Document type: bank_statement
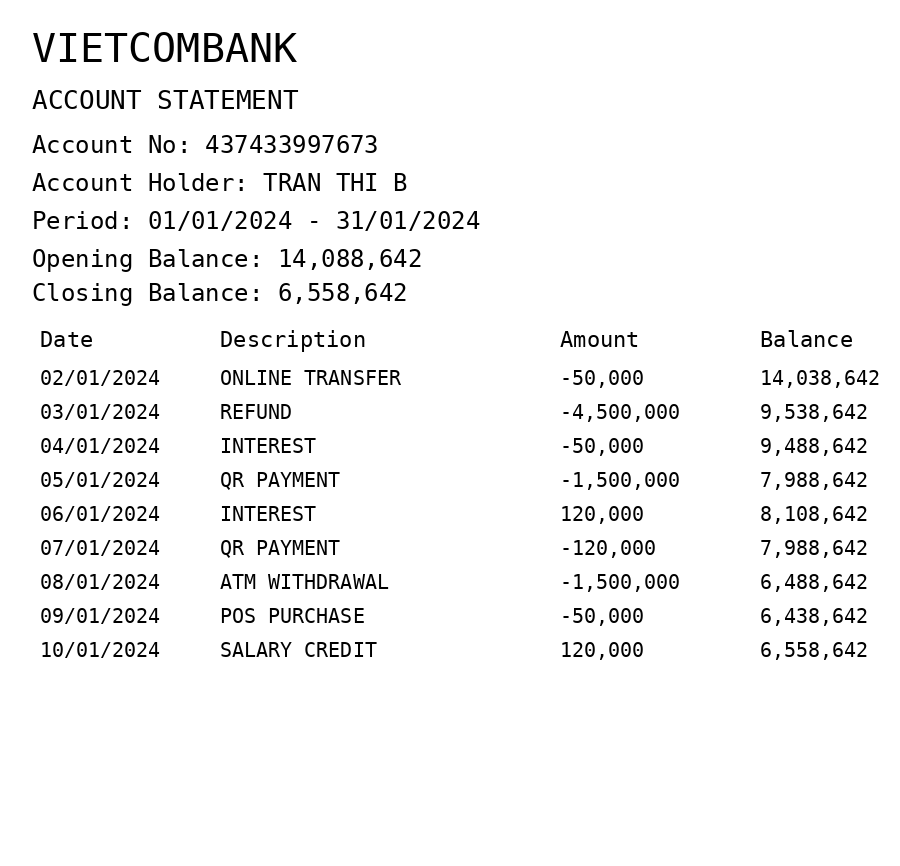
OCR transcript:
VIETCOMBANK
ACCOUNT STATEMENT
Account No: 437433997673
Account Holder: TRAN THI B
Period: 01/01/2024 - 31/01/2024
Opening Balance: 14,088,642
Closing Balance: 6,558,642
Date
Description
Amount
Balance
02/01/2024
ONLINE TRANSFER
-50,000
14,038,642
03/01/2024
REFUND
-4,500,000
9,538,642
04/01/2024
INTEREST
-50,000
9,488,642
05/01/2024
QR PAYMENT
-1,500,000
7,988,642
06/01/2024
INTEREST
120,000
8,108,642
07/01/2024
QR PAYMENT
-120,000
7,988,642
08/01/2024
ATM WITHDRAWAL
-1,500,000
6,488,642
09/01/2024
POS PURCHASE
-50,000
6,438,642
10/01/2024
SALARY CREDIT
120,000
6,558,642
Extracted fields:
bank_name: vietcombank
account_number: 437433997673
account_holder: tran thi b
statement_period: 01/01/2024 - 31/01/2024
opening_balance: 14088642
closing_balance: 6558642
transactions: date: 2024-01-02
description: online transfer
amount: -50000
balance: 14038642
date: 2024-01-03
description: refund
amount: -4500000
balance: 9538642
date: 2024-01-04
description: interest
amount: -50000
balance: 9488642
date: 2024-01-05
description: qr payment
amount: -1500000
balance: 7988642
date: 2024-01-06
description: interest
amount: 120000
balance: 8108642
date: 2024-01-07
description: qr payment
amount: -120000
balance: 7988642
date: 2024-01-08
description: atm withdrawal
amount: -1500000
balance: 6488642
date: 2024-01-09
description: pos purchase
amount: -50000
balance: 6438642
date: 2024-01-10
description: salary credit
amount: 120000
balance: 6558642